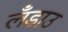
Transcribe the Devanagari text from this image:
लँडाउ